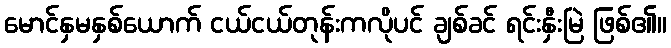
မောင်နှမနှစ်ယောက် ငယ်ငယ်တုန်းကလိုပင် ချစ်ခင် ရင်းနှီးမြဲ ဖြစ်၏။